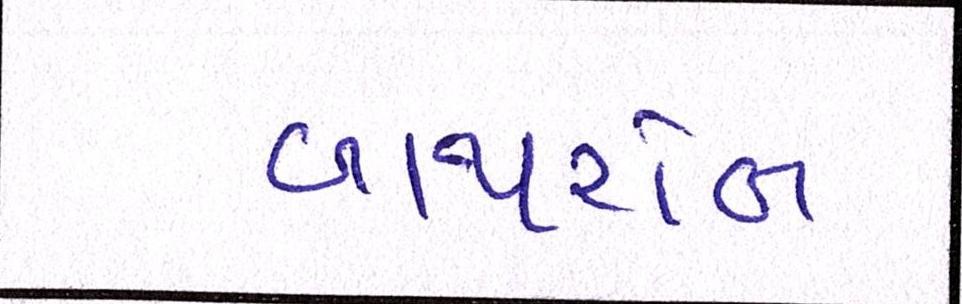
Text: બાથરોબ